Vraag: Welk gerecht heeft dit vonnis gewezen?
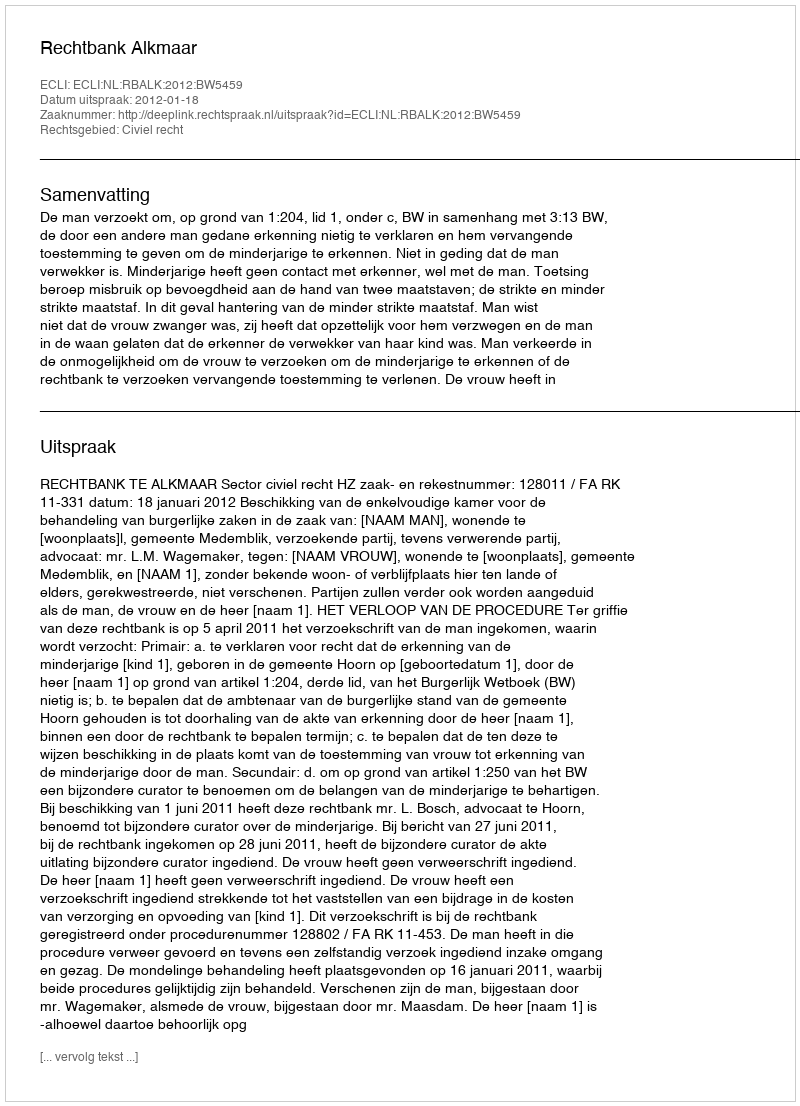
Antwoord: Rechtbank Alkmaar